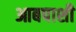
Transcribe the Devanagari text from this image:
आबपाशी